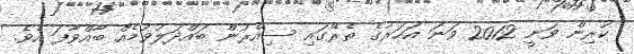
ކުރިން ވަނީ 2012 ވަނަ އަހަރުގެ ތެރޭގައި ސިއްރުން ބައްދަލުވުމެއް ބާއްވާފަ އެވެ.